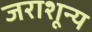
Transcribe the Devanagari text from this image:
जराशून्य